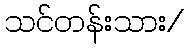
သင်တန်းသား/